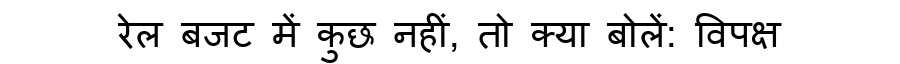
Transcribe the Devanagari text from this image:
रेल बजट में कुछ नहीं, तो क्या बोलें: विपक्ष